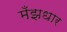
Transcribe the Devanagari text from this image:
मँझधार